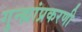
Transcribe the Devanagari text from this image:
गुन्ह्यांप्रकरणी